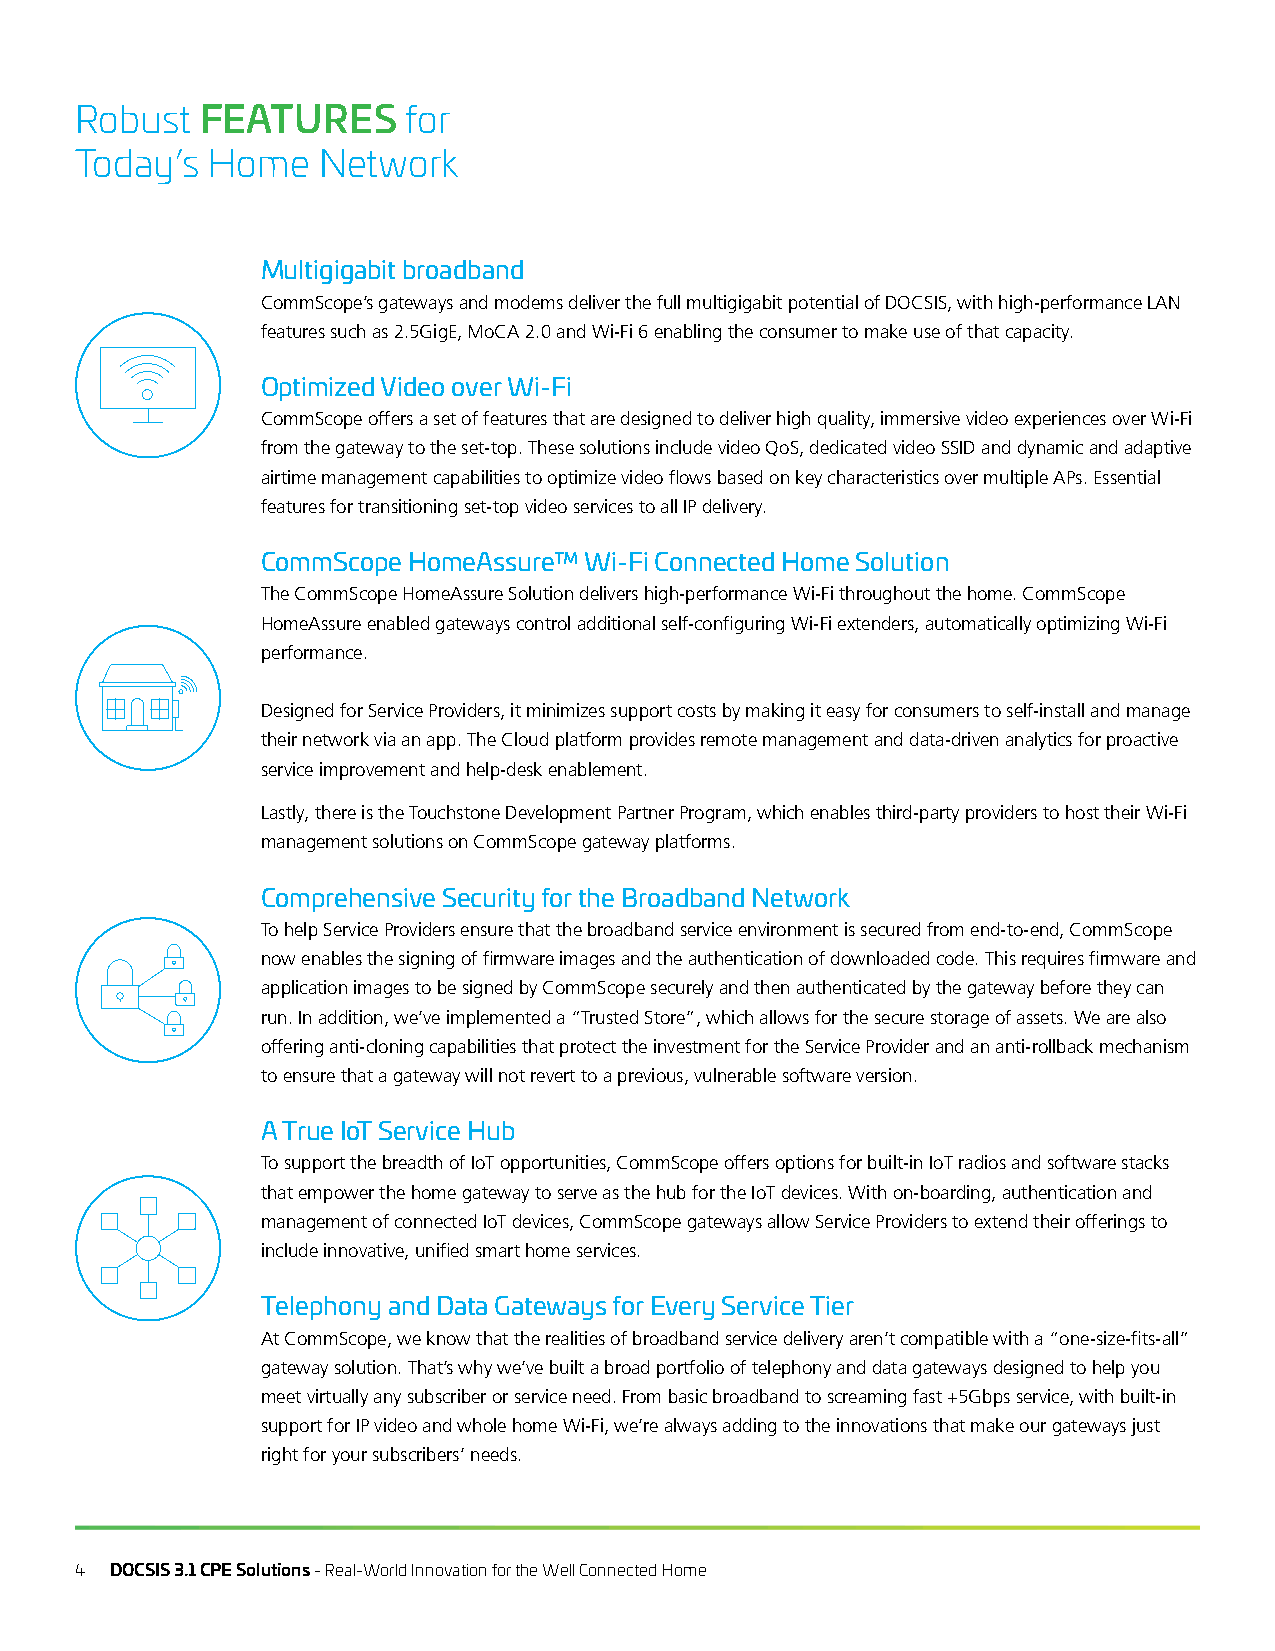
Robust  FEATURES      for
 Today’s  Home   Network
 Multigigabit broadband
 CommScope’s gateways and modems deliver the full multigigabit potential of DOCSIS, with high-performance LAN
 features such as 2.5GigE, MoCA 2.0 and Wi-Fi 6 enabling the consumer to make use of that capacity.
 Optimized Video over Wi-Fi
 CommScope offers a set of features that are designed to deliver high quality, immersive video experiences over Wi-Fi
 from the gateway to the set-top. These solutions include video QoS, dedicated video SSID and dynamic and adaptive
 airtime management capabilities to optimize video flows based on key characteristics over multiple APs. Essential
 features for transitioning set-top video services to all IP delivery.
 CommScope HomeAssure™ Wi-Fi Connected Home Solution
 The CommScope HomeAssure Solution delivers high-performance Wi-Fi throughout the home. CommScope
 HomeAssure enabled gateways control additional self-configuring Wi-Fi extenders, automatically optimizing Wi-Fi
 performance.
 Designed for Service Providers, it minimizes support costs by making it easy for consumers to self-install and manage
 their network via an app. The Cloud platform provides remote management and data-driven analytics for proactive
 service improvement and help-desk enablement.
 Lastly, there is the Touchstone Development Partner Program, which enables third-party providers to host their Wi-Fi
 management solutions on CommScope gateway platforms.
 Comprehensive Security for the Broadband Network
 To help Service Providers ensure that the broadband service environment is secured from end-to-end, CommScope
 now enables the signing of firmware images and the authentication of downloaded code. This requires firmware and
 application images to be signed by CommScope securely and then authenticated by the gateway before they can
 run. In addition, we’ve implemented a “Trusted Store”, which allows for the secure storage of assets. We are also
 offering anti-cloning capabilities that protect the investment for the Service Provider and an anti-rollback mechanism
 to ensure that a gateway will not revert to a previous, vulnerable software version.
 A True IoT Service Hub
 To support the breadth of IoT opportunities, CommScope offers options for built-in IoT radios and software stacks
 that empower the home gateway to serve as the hub for the IoT devices. With on-boarding, authentication and
 management of connected IoT devices, CommScope gateways allow Service Providers to extend their offerings to
 include innovative, unified smart home services.
 Telephony and Data Gateways for Every Service Tier
 At CommScope, we know that the realities of broadband service delivery aren’t compatible with a “one-size-fits-all”
 gateway solution. That’s why we’ve built a broad portfolio of telephony and data gateways designed to help you
 meet virtually any subscriber or service need. From basic broadband to screaming fast +5Gbps service, with built-in
 support for IP video and whole home Wi-Fi, we’re always adding to the innovations that make our gateways just
 right for your subscribers’ needs.
 4 DOCSIS 3.1 CPE Solutions - Real-World Innovation for the Well Connected Home